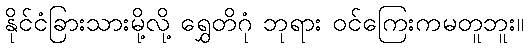
နိုင်ငံခြားသားမို့လို့ ရွှေတိဂုံ ဘုရား ဝင်ကြေးကမတူဘူး။